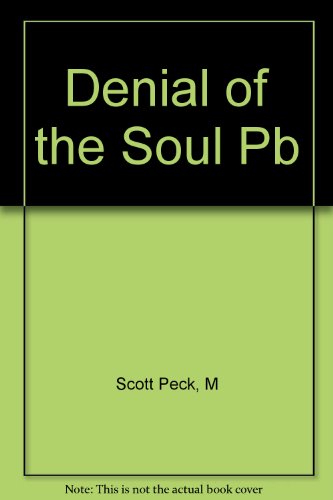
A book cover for Denial of the Soul; M Scott Peck; Law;